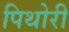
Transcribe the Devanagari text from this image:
पिथोरी